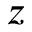
z